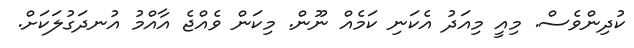
ކުދިންވެސް. މިއީ މިއަދު އެކަނި ކަމެއް ނޫން. މިކަން ވެއްޖެ އާއްމު އުނދަގުލަކަށް.